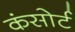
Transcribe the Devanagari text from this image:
कंसोर्ट